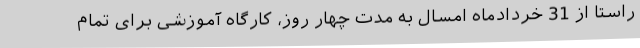
راستا از 31 خردادماه امسال به مدت چهار روز، کارگاه آموزشی برای تمام